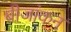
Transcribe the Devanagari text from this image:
बीजांकन